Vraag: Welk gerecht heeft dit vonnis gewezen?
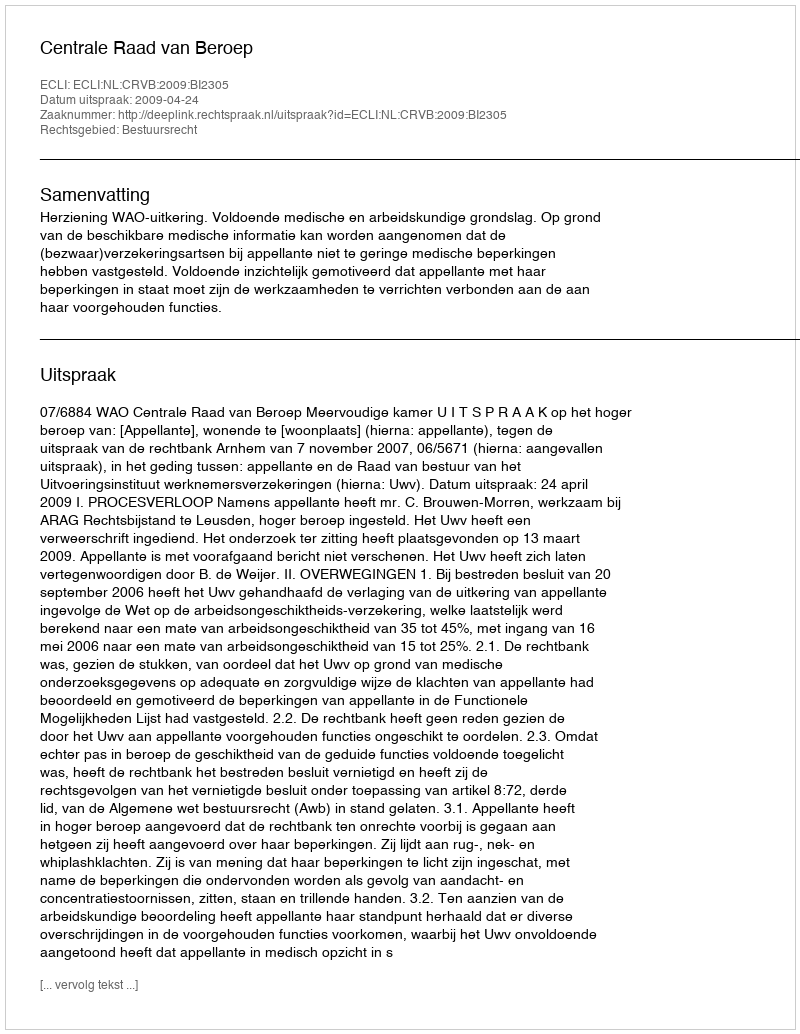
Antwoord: Centrale Raad van Beroep